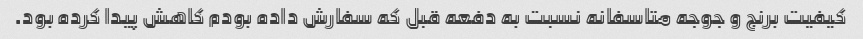
کیفیت برنج و جوجه متاسفانه نسبت به دفعه قبل که سفارش داده بودم کاهش پیدا کرده بود.